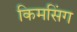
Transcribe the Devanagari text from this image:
किमसिंग